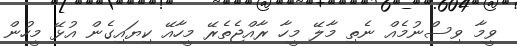
ވީމާ ވިސްނުމެއް ނެތި މާލޭ މީހާ ރާއްޖެތެރޭ މީހާއޭ ކިޔައިގެން އުޅޭ މީހުން